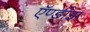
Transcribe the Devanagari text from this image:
ऍण्डीझ